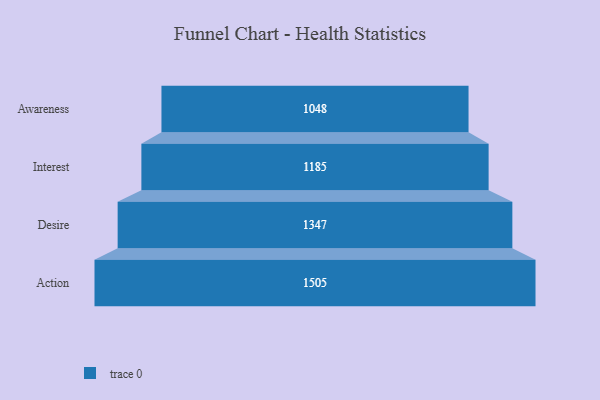
{"axis": {"x": "Stage", "y": "Value"}, "legend": [""], "data": [{"x": "Awareness", "y": 1048.0, "type": ""}, {"x": "Interest", "y": 1185.0, "type": ""}, {"x": "Desire", "y": 1347.0, "type": ""}, {"x": "Action", "y": 1505.0, "type": ""}]}